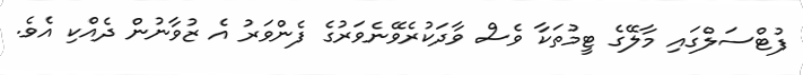
ފުޓްސަލްގައި މާލޭގެ ޓީމުތަކާ ވެސް ވާދަކުރެވޭނެވަރުގެ ފެންވަރު އެ ޒުވާނުން ދެއްކި އެވެ.